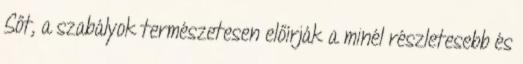
Sőt, a szabályok természetesen előírják a minél részletesebb és